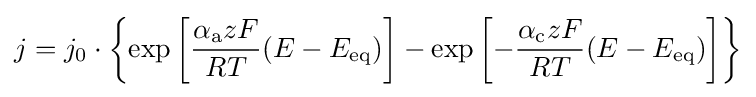
j=j_{0}\cdot \left\{\exp \left[{\frac {\alpha _{\rm {a}}zF}{RT}}(E-E_{\rm {eq}})\right]-\exp \left[-{\frac {\alpha _{\rm {c}}zF}{RT}}(E-E_{\rm {eq}})\right]\right\}